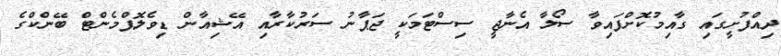
ދިއްފުށީގައި ގާއިމުކޮށްފައިވާ ސޯލާ އެނާޖީ ސިސްޓަމަކީ ޖަޕާނު ސަރުކާރާއި އޭޝިއާން ޑިވެލޮޕްމެންޓް ބޭންކްގެ